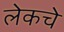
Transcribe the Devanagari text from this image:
लेकचे